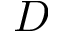
D